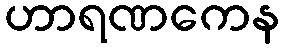
ဟာရဏကေန